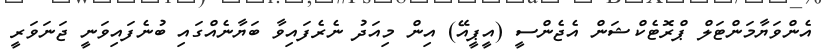
އެންވަޔާމަންޓަލް ޕްރޮޓެކްޝަން އެޖެންސީ (އީޕީއޭ) އިން މިއަދު ނެރެފައިވާ ބަޔާނެއްގައި ބުނެފައިވަނީ ޖަނަވަރީ